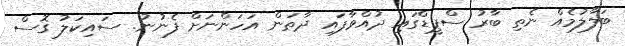
ބަލާލުމެއް ނެތި ބާރު ސްޕީޑްގައި ދުއްވާފައި ދާތަން އަހަންނަށް ފެނުނު. ސައިކަލު ގޮސް